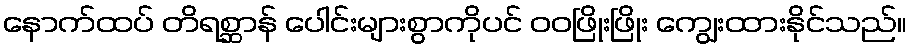
နောက်ထပ် တိရစ္ဆာန် ပေါင်းများစွာကိုပင် ဝဝဖြိုးဖြိုး ကျွေးထားနိုင်သည်။